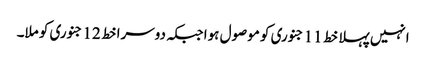
انہیں پہلا خط 11 جنوری کو موصول ہوا جبکہ دوسرا خط 12 جنوری کو ملا۔